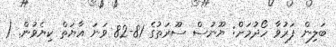
ބަލިން ފަރުވާ ހޯދުމަށް: ޔޫނުސް ސޫރަތުގެ 81-82 ވަނަ އާޔަތް ކިޔެވުން. (